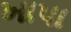
ખાપા